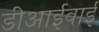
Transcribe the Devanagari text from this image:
डीआईवाई